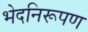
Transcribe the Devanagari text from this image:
भेदनिरूपण